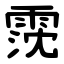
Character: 霃